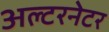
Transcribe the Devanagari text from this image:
अल्‍टरनेटर